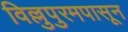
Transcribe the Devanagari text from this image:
विल्लुपुरमपासून